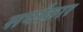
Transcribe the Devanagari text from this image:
सर्पांकार